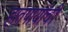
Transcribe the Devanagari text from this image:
हातपायांची